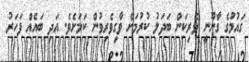
ގައުމުގެ ގާނޫނީ ވެރިކަން ބަދަލު ކުރުމަށް ވާގިވެރިވުން ކަމަށެވެ. އަދި ބައެއް ފަހަރު